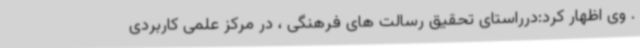
. وی اظهار کرد:درراستای تحقیق رسالت های فرهنگی ، در مرکز علمی کاربردی